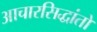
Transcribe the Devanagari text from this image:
आचारसिद्धांतों